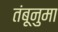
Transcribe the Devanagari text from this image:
तंबूनुमा